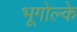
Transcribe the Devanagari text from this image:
भूगोल्के